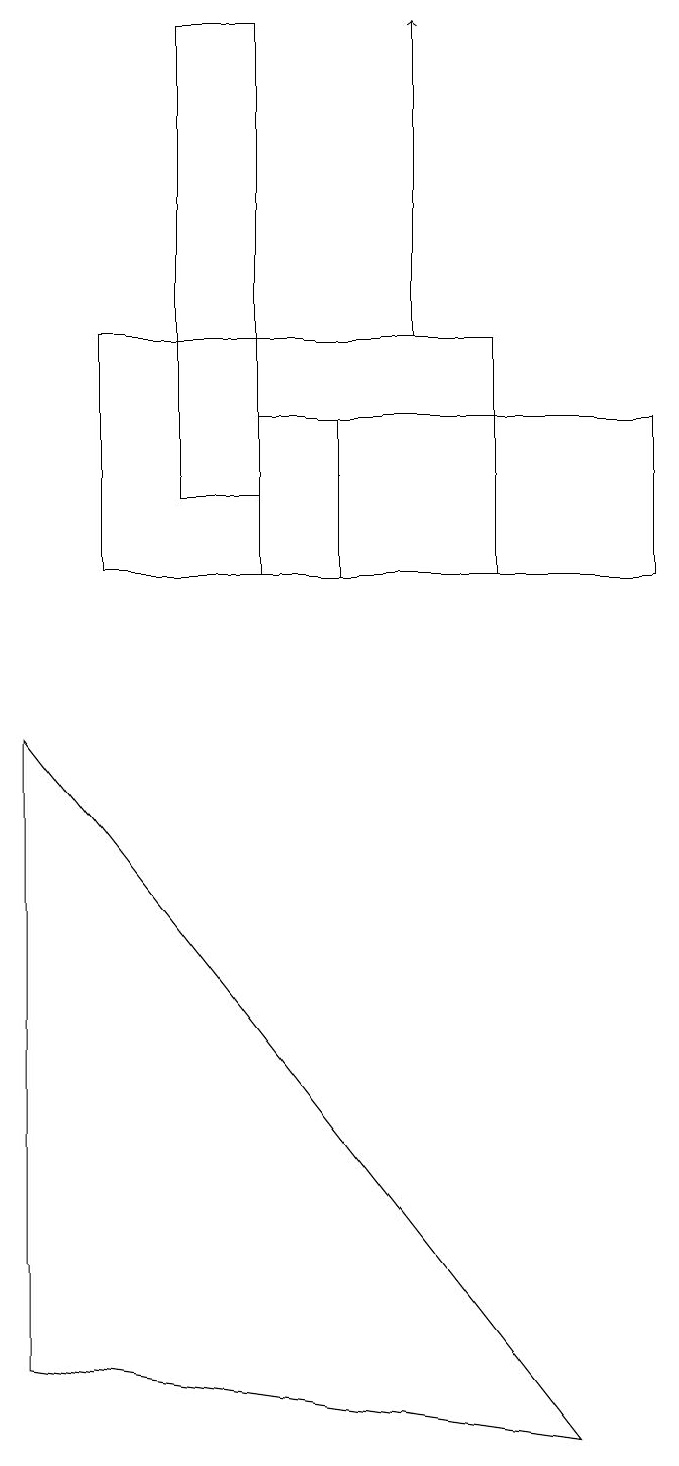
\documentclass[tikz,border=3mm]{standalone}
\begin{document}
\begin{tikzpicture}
\draw (3,13) rectangle (4,11);
\draw (4,13) rectangle (8,11);
\draw (2,18) rectangle (3,12);
\draw[->] (5,14) -- (5,18);
\draw (0,1) -- (7,0) -- (0,9) -- cycle;
\draw (6,11) rectangle (1,14);
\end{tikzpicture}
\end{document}